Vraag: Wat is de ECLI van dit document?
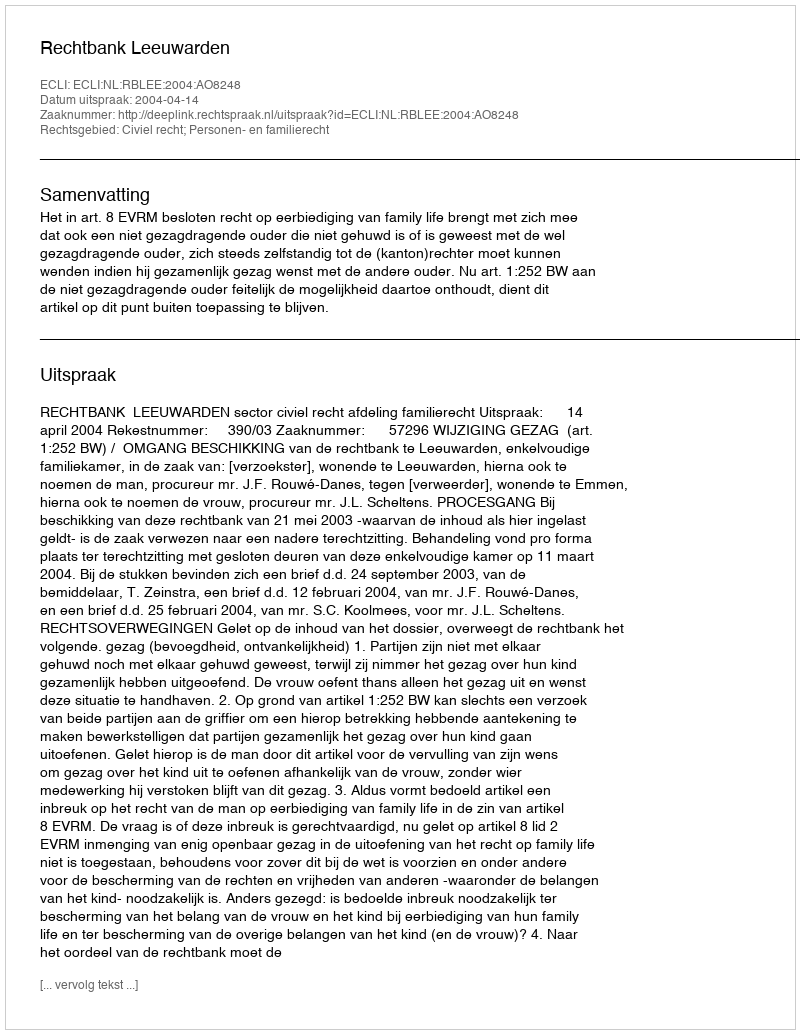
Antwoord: ECLI:NL:RBLEE:2004:AO8248